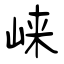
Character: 崃